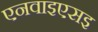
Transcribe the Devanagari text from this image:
एनवाइएसइ